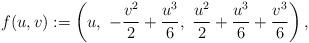
LaTeX: \begin{align*} f(u,v) := \left( u, \ -\frac{v^2}{2}+\frac{u^3}{6},\ \frac{u^2}{2}+\frac{u^3}{6}+\frac{v^3}{6} \right),\end{align*}